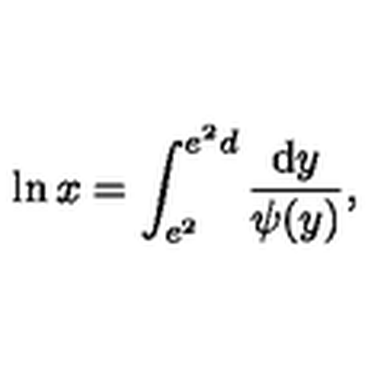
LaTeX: \ln x = \int _ { e ^ { 2 } } ^ { e ^ { 2 } d } \frac { \mathrm { d } y } { \psi ( y ) } ,